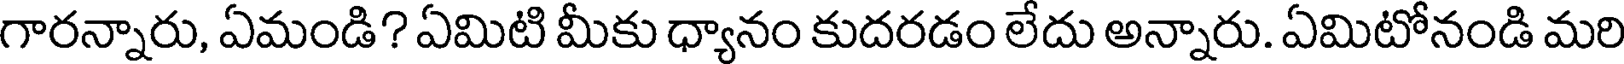
గారన్నారు, ఏమండి? ఏమిటి మీకు ధ్యానం కుదరడం లేదు అన్నారు. ఏమిటోనండి మరి